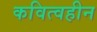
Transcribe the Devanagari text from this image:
कवित्वहीन